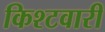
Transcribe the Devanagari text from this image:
किश्टवारी